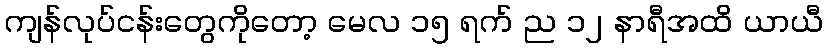
ကျန်လုပ်ငန်းတွေကိုတော့ မေလ ၁၅ ရက် ည ၁၂ နာရီအထိ ယာယီ